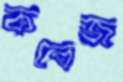
কবেজ